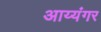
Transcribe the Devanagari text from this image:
अाय्यंगर